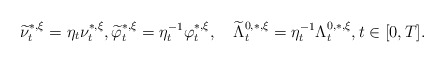
\begin{align*}\widetilde{\nu}_t^{*,\xi}=\eta_t \nu_t^{*,\xi},\widetilde{\varphi}_t^{*,\xi}=\eta^{-1}_t\varphi_t^{*,\xi} ,\quad\widetilde{\Lambda}_t^{0,*,\xi}=\eta^{-1}_t\Lambda_t^{0,*,\xi}, t\in[0,T].\end{align*}